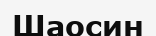
Шаосин